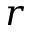
r